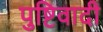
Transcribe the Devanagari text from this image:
पुष्टिवादी